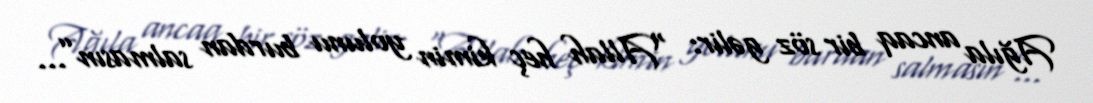
Ağıla ancaq bir söz gəlir: “Allah heç kimin yolunu burdan salmasın”...